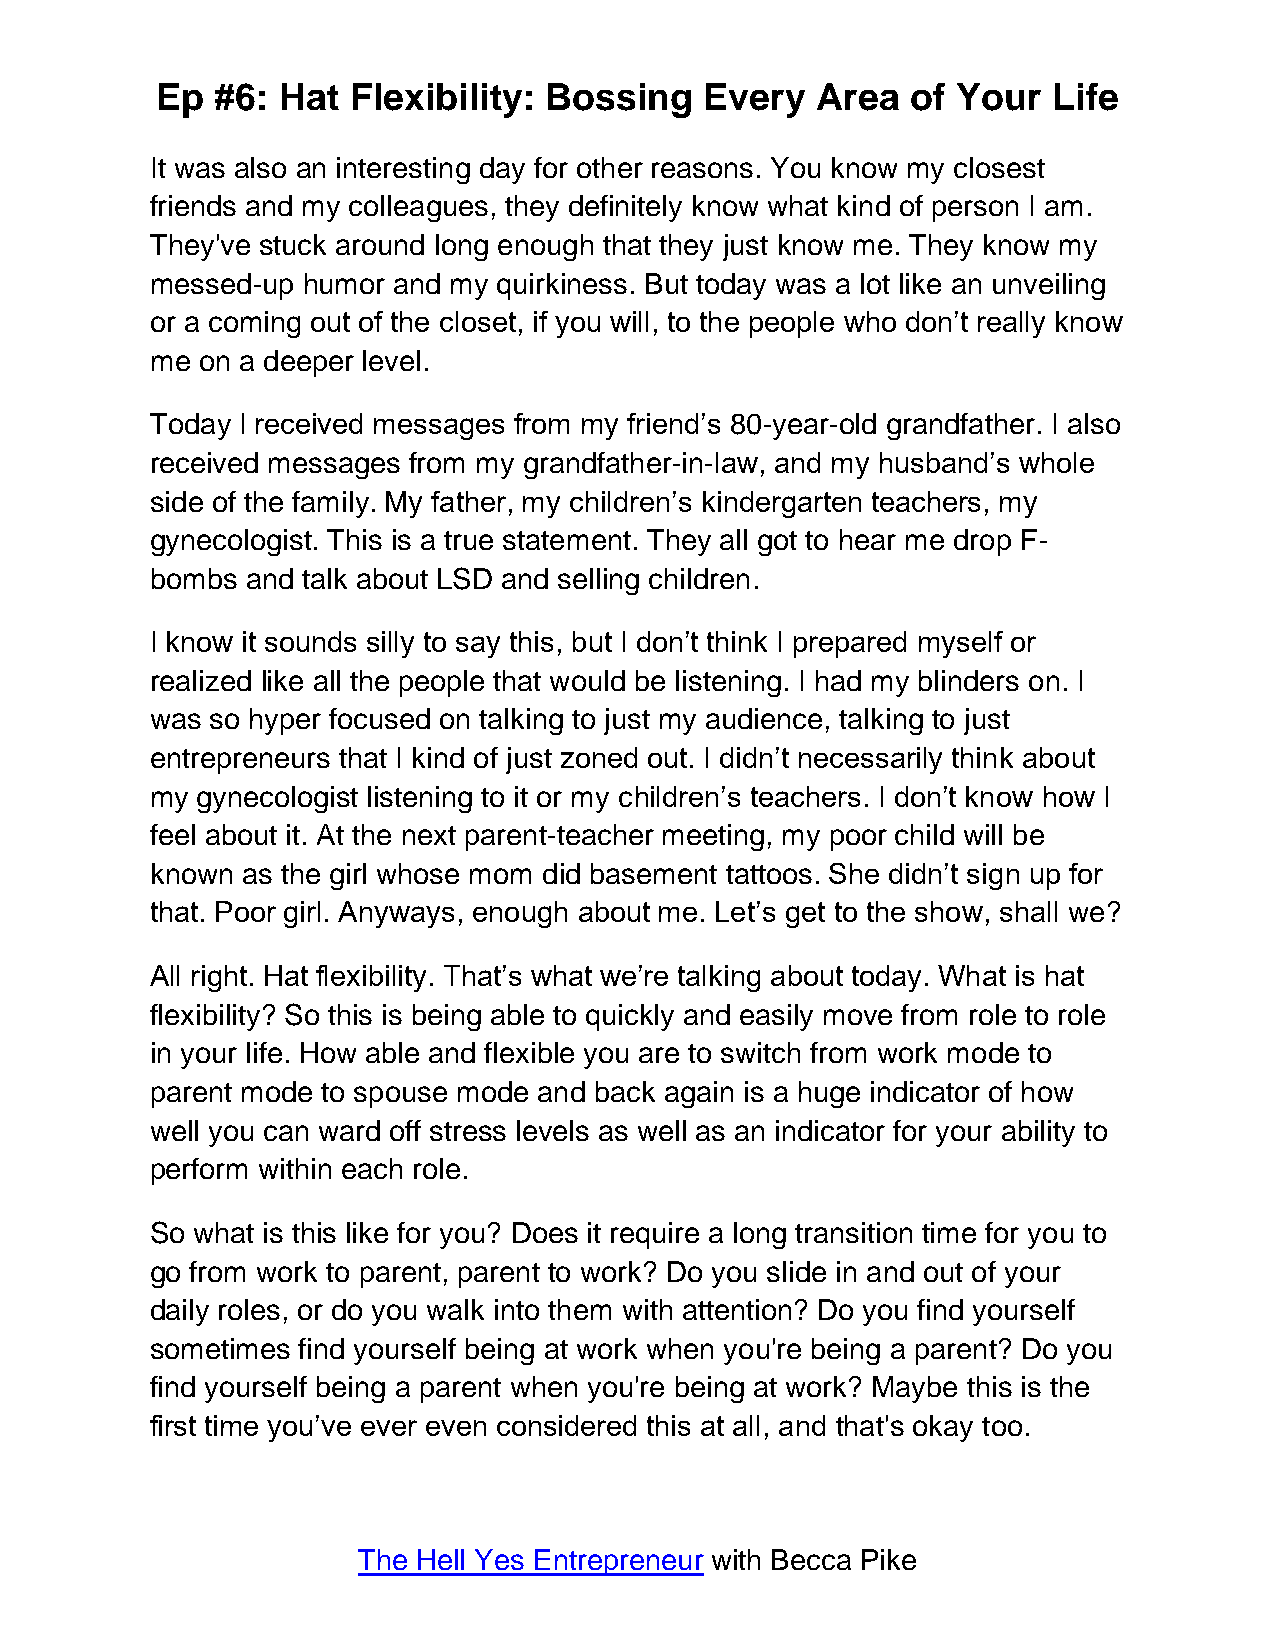
Ep  #6: Hat  Flexibility: Bossing    Every  Area  of Your   Life
 It was also an interesting day for other reasons. You know my closest
 friends and my colleagues, they definitely know what kind of person I am.
 They've stuck around long enough that they just know me. They know my
 messed-up humor and my quirkiness. But today was a lot like an unveiling
 or a coming out of the closet, if you will, to the people who don’t really know
 me on a deeper level.
 Today I received messages from my friend’s 80-year-old grandfather. I also
 received messages from my grandfather-in-law, and my husband’s whole
 side of the family. My father, my children’s kindergarten teachers, my
 gynecologist. This is a true statement. They all got to hear me drop F-
 bombs and talk about LSD and selling children.
 I know it sounds silly to say this, but I don’t think I prepared myself or
 realized like all the people that would be listening. I had my blinders on. I
 was so hyper focused on talking to just my audience, talking to just
 entrepreneurs that I kind of just zoned out. I didn’t necessarily think about
 my gynecologist listening to it or my children’s teachers. I don’t know how I
 feel about it. At the next parent-teacher meeting, my poor child will be
 known as the girl whose mom did basement tattoos. She didn’t sign up for
 that. Poor girl. Anyways, enough about me. Let’s get to the show, shall we?
 All right. Hat flexibility. That’s what we’re talking about today. What is hat
 flexibility? So this is being able to quickly and easily move from role to role
 in your life. How able and flexible you are to switch from work mode to
 parent mode to spouse mode and back again is a huge indicator of how
 well you can ward off stress levels as well as an indicator for your ability to
 perform within each role.
 So what is this like for you? Does it require a long transition time for you to
 go from work to parent, parent to work? Do you slide in and out of your
 daily roles, or do you walk into them with attention? Do you find yourself
 sometimes find yourself being at work when you're being a parent? Do you
 find yourself being a parent when you're being at work? Maybe this is the
 first time you’ve ever even considered this at all, and that's okay too.
 The Hell Yes Entrepreneur with Becca Pike